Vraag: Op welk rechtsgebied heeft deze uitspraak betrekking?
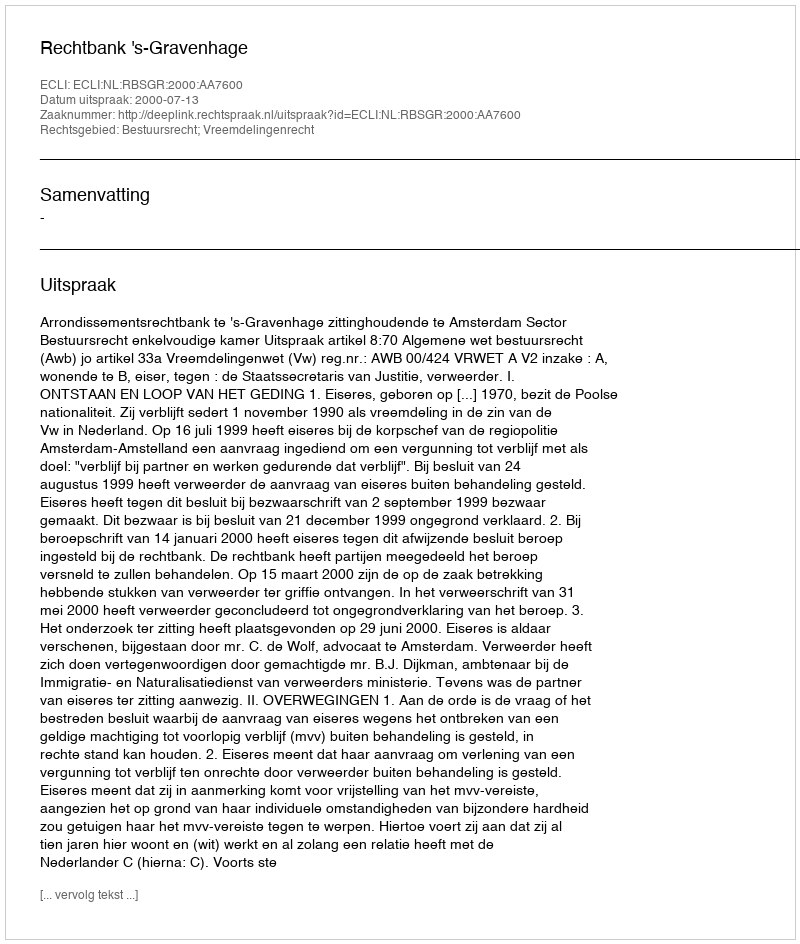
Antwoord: Bestuursrecht; Vreemdelingenrecht